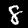
Digit: 8